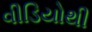
વીડિયોથી